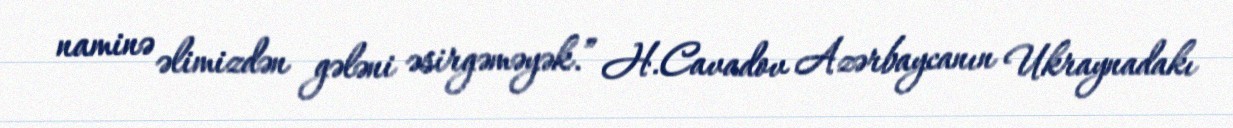
naminə əlimizdən gələni əsirgəməyək.” H.Cavadov Azərbaycanın Ukraynadakı